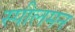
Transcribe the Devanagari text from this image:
स्पीलमन